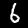
Label: 6